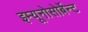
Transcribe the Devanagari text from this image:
इम्यूनोसोर्बेन्ट